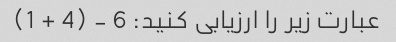
عبارت زیر را ارزیابی کنید: 6 - (4 + 1)